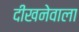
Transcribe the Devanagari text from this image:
दीखनेवाला